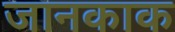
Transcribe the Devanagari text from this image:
जानकाक